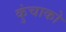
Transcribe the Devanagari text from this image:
कुंचाको